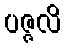
ပဇ္ဇလိ